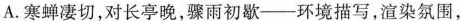
A.寒蝉凄切，对长亭晚，骤雨初歇——环境描写，渲染氛围，